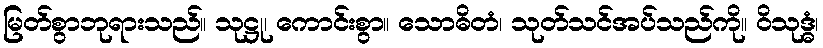
မြတ်စွာဘုရားသည်။ သုဋ္ဌု၊ ကောင်းစွာ။ သောဓိတံ၊ သုတ်သင်အပ်သည်ကို။ ဝိသုဒ္ဓံ၊